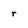
Character: r